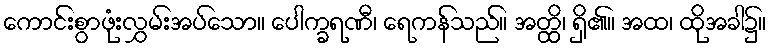
ကောင်းစွာဖုံးလွှမ်းအပ်သော။ ပေါက္ခရဏီ၊ ရေကန်သည်။ အတ္ထိ၊ ရှိ၏။ အထ၊ ထိုအခါ၌။